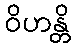
ဝိဟန္တိ